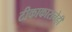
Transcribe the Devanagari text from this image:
टीकाकारानेही